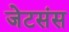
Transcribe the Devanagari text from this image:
जेटसंस